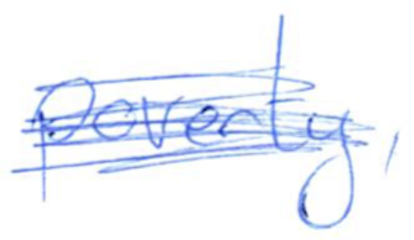
Text: poverty,
Cross-out: scratch
Writing tool: ballpoint